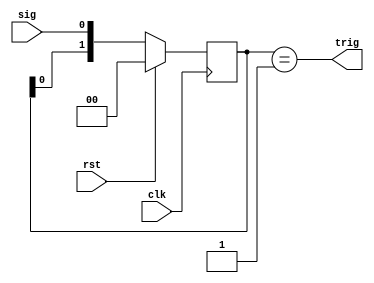


module edge_sync
  #(parameter POSEDGE = 1)
   (input clk,
    input rst,
    input sig,
    output trig);
   
   reg [1:0] delay;
   
   always @(posedge clk)
     if(rst)
       delay <= 2'b00;
     else
       delay <= {delay[0],sig};
   
   assign trig = POSEDGE ? (delay==2'b01) : (delay==2'b10);
   
endmodule // edge_sync